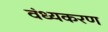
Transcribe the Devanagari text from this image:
वंध्यकरण